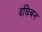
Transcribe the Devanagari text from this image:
दघिबन